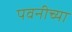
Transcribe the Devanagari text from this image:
पवनीच्या